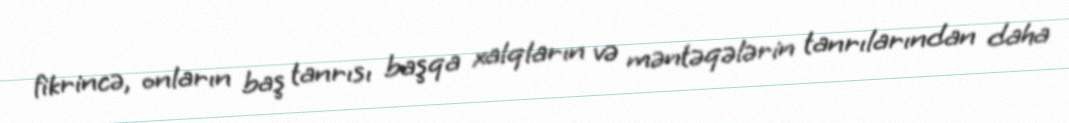
fikrincə, onların baş tanrısı başqa xalqların və məntəqələrin tanrılarından daha